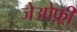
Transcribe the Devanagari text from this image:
जेओफ़्री